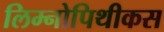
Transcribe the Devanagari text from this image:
लिम्नोपिथीकस